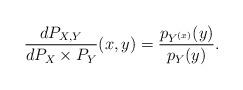
LaTeX: \begin{align*} \frac{d P_{X,Y}}{d P_X\times P_Y} (x,y) = \frac{p_{Y^{(x)}}(y)}{p_Y(y)}.\end{align*}